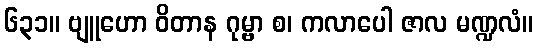
၆၃၁။ ဗျူဟော ဝိတာန ဂုမ္ဗာ စ၊ ကလာပေါ ဇာလ မဏ္ဍလံ။